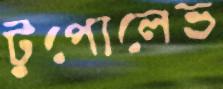
টুপোলেভ